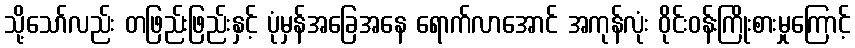
သို့သော်လည်း တဖြည်းဖြည်းနှင့် ပုံမှန်အခြေအနေ ရောက်လာအောင် အကုန်လုံး ဝိုင်းဝန်းကြိုးစားမှုကြောင့်